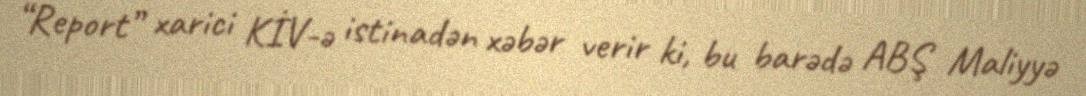
“Report” xarici KİV-ə istinadən xəbər verir ki, bu barədə ABŞ Maliyyə